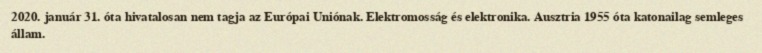
2020. január 31. óta hivatalosan nem tagja az Európai Uniónak. Elektromosság és elektronika. Ausztria 1955 óta katonailag semleges állam.